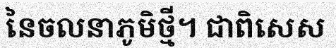
នៃចលនាភូមិថ្មី។ ជាពិសេស